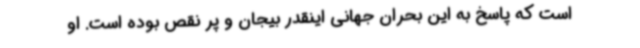
است که پاسخ به این بحران جهانی اینقدر بیجان و پر نقص بوده است. او